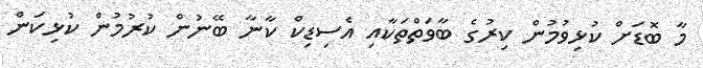
މާ ބޮޑަށް ކުޅިވުމުން ކިރުގެ ބާވަތްތަކާއި އެސިޑިކް ކާނާ ބޭނުން ކުރުމުން ކުޅިކަން